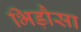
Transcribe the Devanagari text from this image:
भिड़ौसा